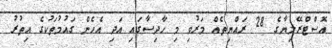
އޮސްޓްރޭލިޔާގެ 28 ރައްޔިތެއް މަރުވި މި ހާދިސާގައި އަދި އެހެން ގައުމުތަކުގެ އިތުރު